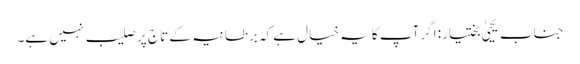
جناب یحییٰ بختیار: اگر آپ کا یہ خیال ہے کہ برطانیہ کے تاج پر صلیب نہیں ہے۔